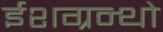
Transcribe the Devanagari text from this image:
ईशग्रन्थो